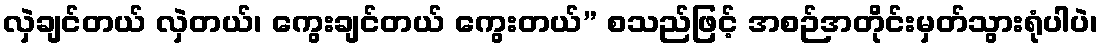
လှဲချင်တယ် လှဲတယ်၊ ကွေးချင်တယ် ကွေးတယ်” စသည်ဖြင့် အစဉ်အတိုင်းမှတ်သွားရုံပါပဲ၊